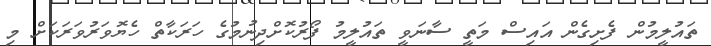
ތައުލީމުން ފެށިގެން އައިސް މަތީ ސާނަވީ ތައުލީމު ފޯރުކޮށްދިނުމުގެ ހަރަކާތް ހެޔޮވަރުވަރަކަށް މި